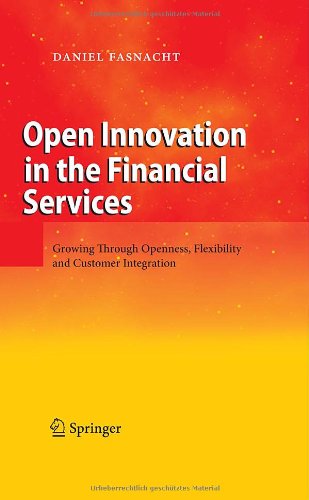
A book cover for Open Innovation in the Financial Services: Growing Through Openness, Flexibility and Customer Integration; Daniel Fasnacht; Business & Money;